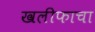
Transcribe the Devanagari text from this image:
खलीफाचा